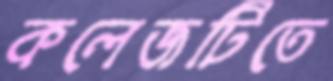
কলেজটিতে